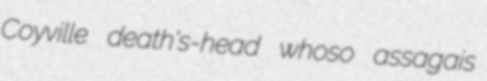
Coyville death's-head whoso assagais